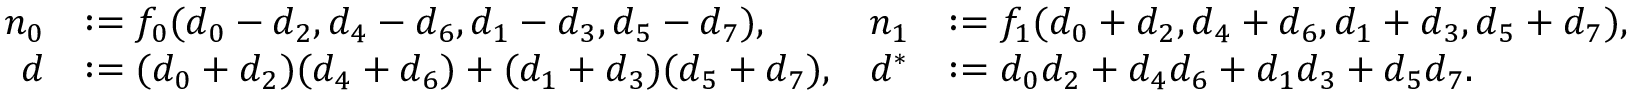
\begin{array} { r l r l } { n _ { 0 } } & { : = f _ { 0 } ( d _ { 0 } - d _ { 2 } , d _ { 4 } - d _ { 6 } , d _ { 1 } - d _ { 3 } , d _ { 5 } - d _ { 7 } ) , } & { n _ { 1 } } & { : = f _ { 1 } ( d _ { 0 } + d _ { 2 } , d _ { 4 } + d _ { 6 } , d _ { 1 } + d _ { 3 } , d _ { 5 } + d _ { 7 } ) , } \\ { d } & { : = ( d _ { 0 } + d _ { 2 } ) ( d _ { 4 } + d _ { 6 } ) + ( d _ { 1 } + d _ { 3 } ) ( d _ { 5 } + d _ { 7 } ) , } & { d ^ { * } } & { : = d _ { 0 } d _ { 2 } + d _ { 4 } d _ { 6 } + d _ { 1 } d _ { 3 } + d _ { 5 } d _ { 7 } . } \end{array}